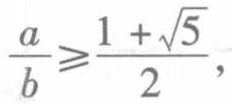
$\frac{a}{b}\geqslant\frac{1 + \sqrt{5}}{2},$